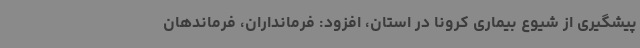
پیشگیری از شیوع بیماری کرونا در استان، افزود: فرمانداران، فرماندهان